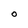
Character: 0